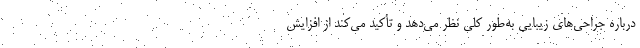
درباره جراحی‌های زیبایی به‌طور کلی نظر می‌دهد و تأکید می‌کند از افزایش